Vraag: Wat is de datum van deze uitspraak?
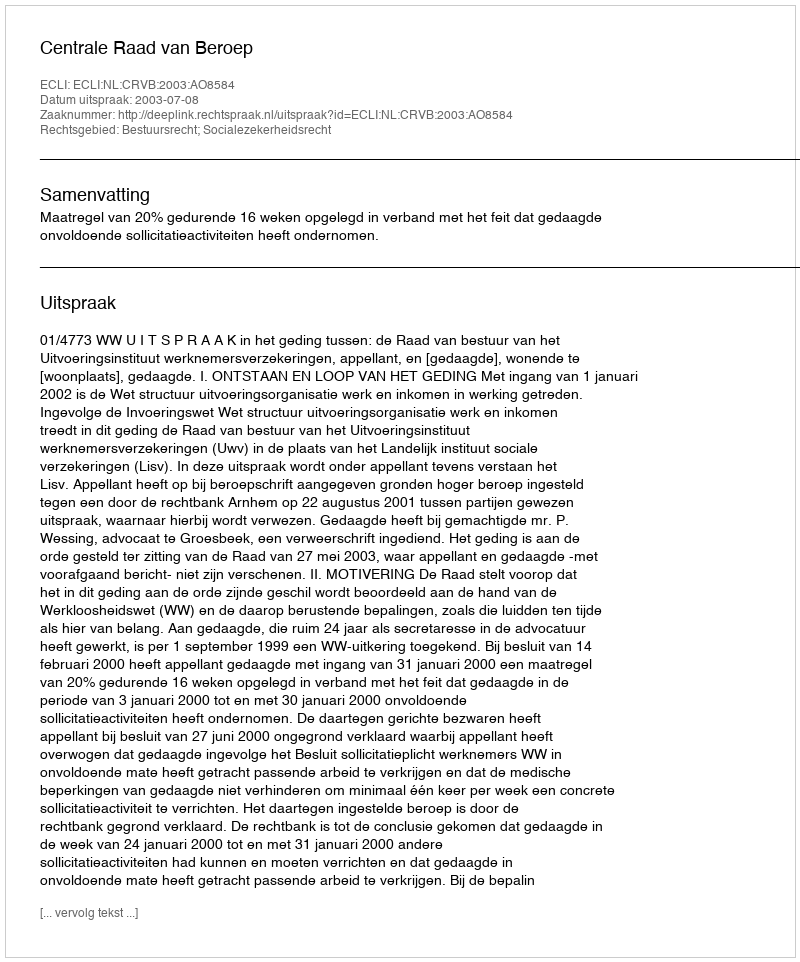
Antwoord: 2003-07-08